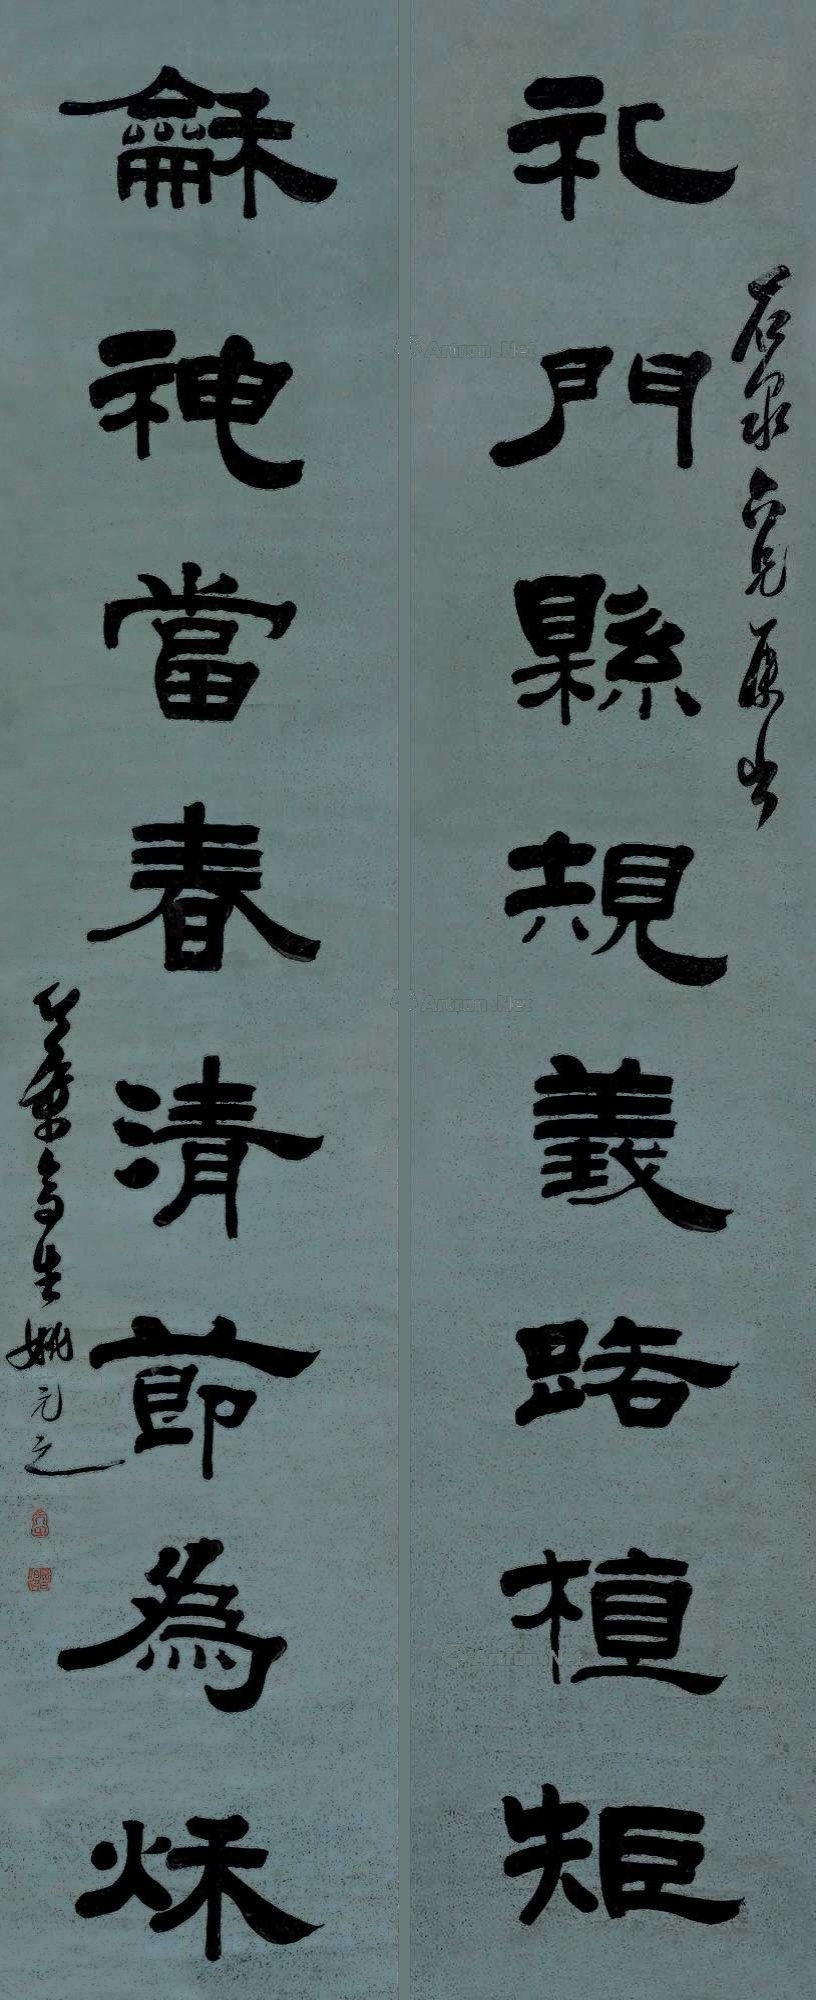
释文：礼门悬规义路植矩，龢神当春清节为秋。石泉六兄属书，竹叶亭生姚元之。